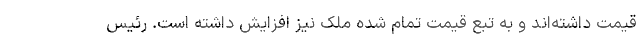
قیمت داشته‌اند و به تبع قیمت تمام شده ملک نیز افزایش داشته است. رئیس